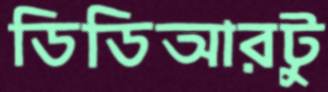
ডিডিআরটু